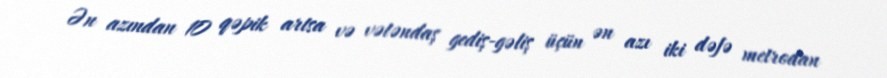
Ən azından 10 qəpik artsa və vətəndaş gediş-gəliş üçün ən azı iki dəfə metrodan